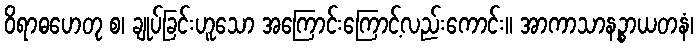
ဝိရာဓဟေတု စ၊ ချုပ်ခြင်းဟူသော အကြောင်းကြောင့်လည်းကောင်း။ အာကာသာနဉ္စာယတနံ၊